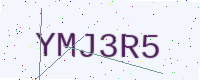
Text: YMJ3R5